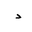
Letter: _dal